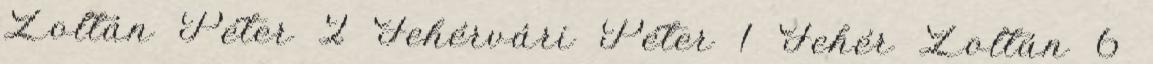
Zoltán Péter 2 Fehérvári Péter 1 Fehér Zoltán 6